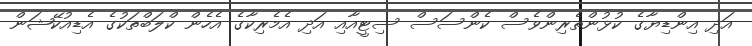
އަދި އިންޑިޔާގެ ކުޅުންތެރިންވެސް ކެންސަސް ސިޓީއާއި އަދި އެމެރިކާގެ އެހެން ކްލަބްތަކުގެ އެޑިއުކޭޝަން